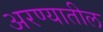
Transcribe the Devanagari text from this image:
अरण्यातील